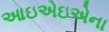
આઇએઇએના